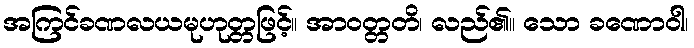
အကြင်ခဏလယမုဟုတ္တဖြင့်။ အာဝတ္တတိ၊ လည်၏။ သော ခဏောဝါ၊